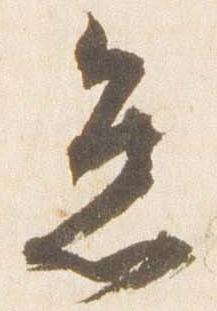
怠